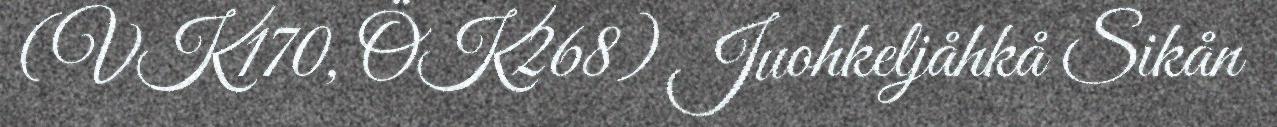
(VK170, ÖK268) Juohkeljåhkå Sikån